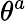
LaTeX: \theta^{a}